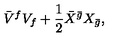
\bar { V } ^ { f } V _ { f } + \frac 1 2 \bar { X } ^ { \bar { g } } X _ { \bar { g } } ,